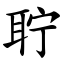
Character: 聍